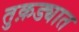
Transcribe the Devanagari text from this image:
तुक़ड्यात